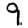
Digit: 9